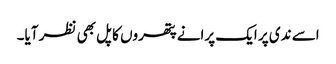
اسے ندی پر ایک پرانے پتھروں کا پل بھی نظر آیا۔